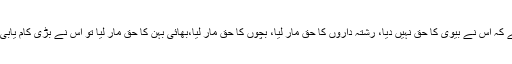
آدمی سوچتاہے کہ اس نے بیوی کا حق نہیں دیا، رشتہ داروں کا حق مار لیا، بچوں کا حق مار لیا،بھائی بہن کا حق مار لیا تو اس نے بڑی کام یابی حاصل کرلی۔